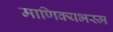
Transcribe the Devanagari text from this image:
माणिक्यभस्म